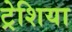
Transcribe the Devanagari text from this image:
ट्रेशिया